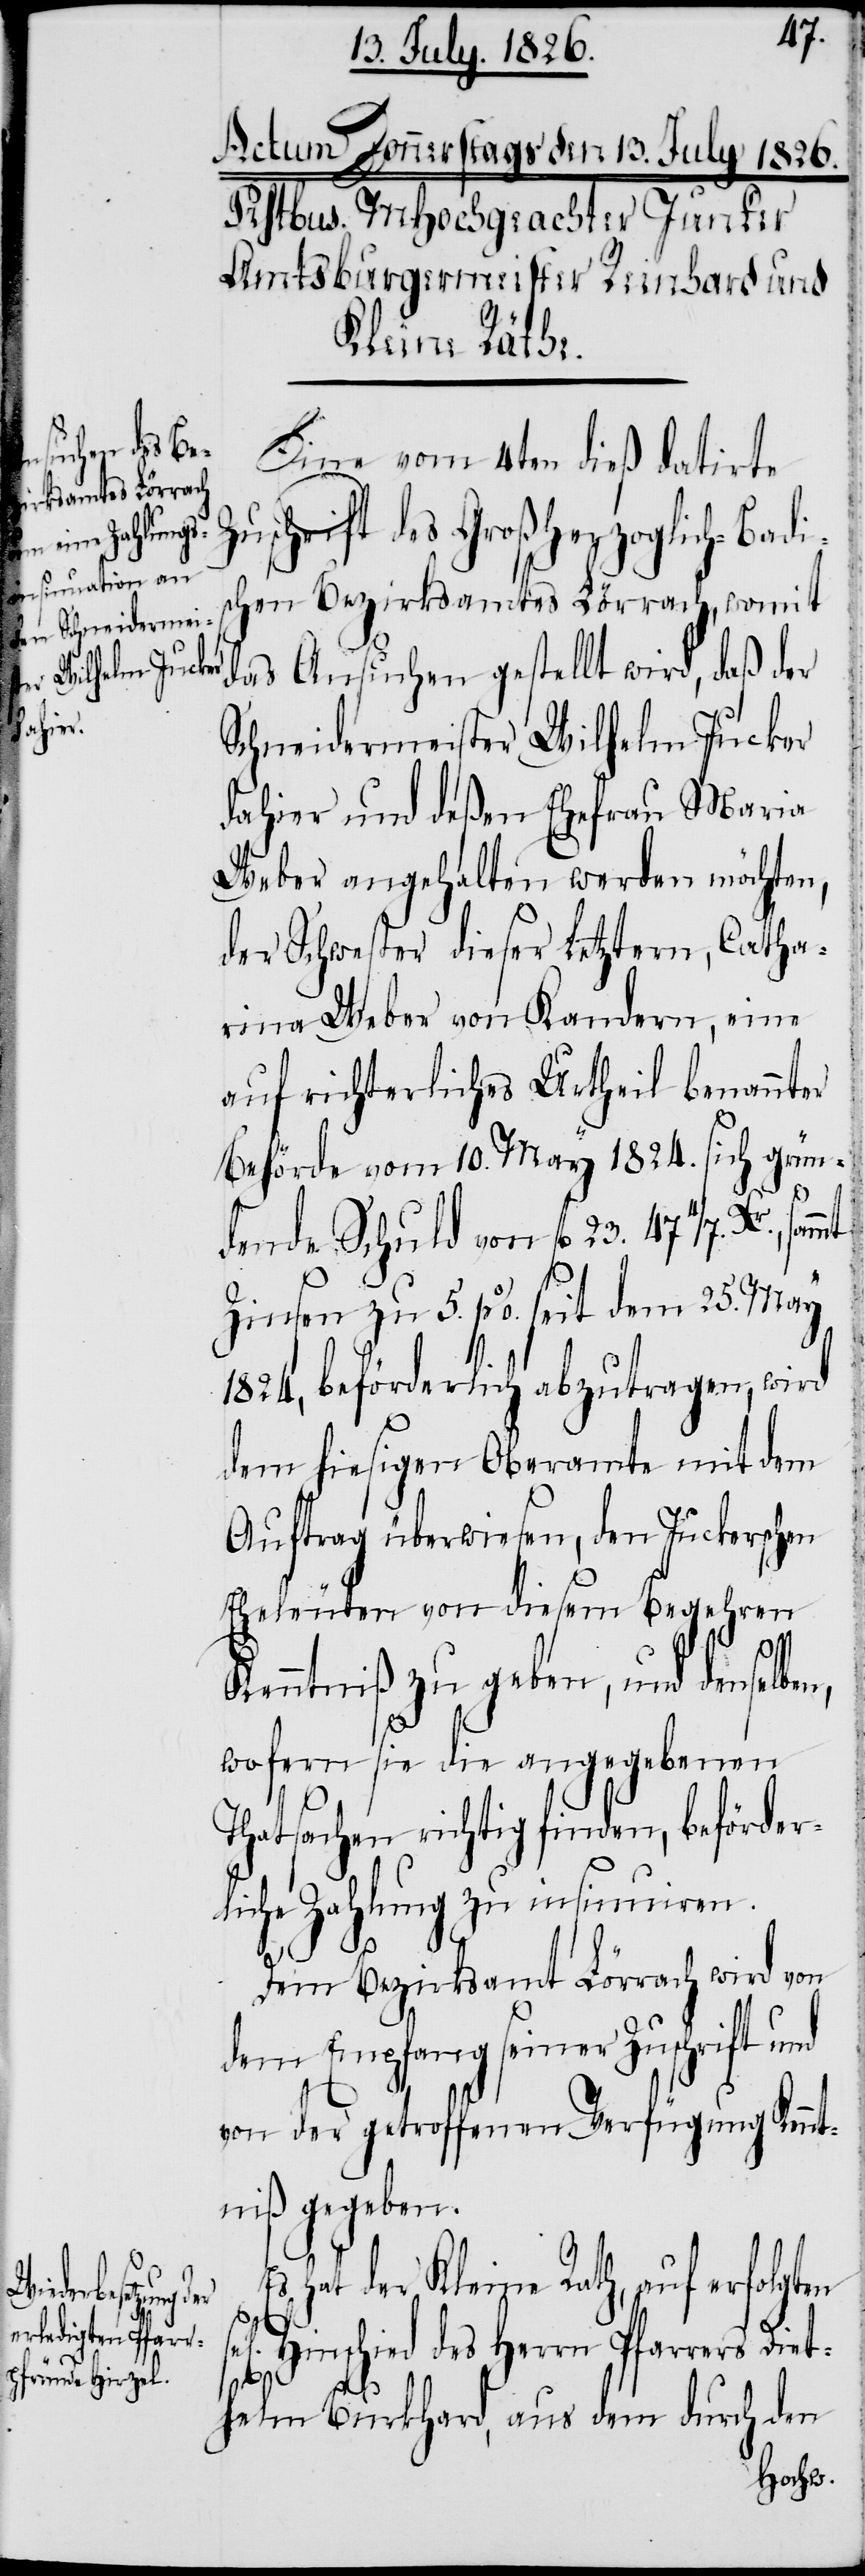
Eine vom 4ten dieß datirte
Zuschrift des Großherzoglich-Badi¬
schen Bezirksamtes Lörrach, womit
das Ansuchen gestellt wird, daß der
Schneidermeister Wilhelm Jucker
dahier und deßen Ehefrau Maria
Weber angehalten werden möchten,
der Schwester dieser Letzern, Catha¬
rina Weber von Kandern, eine
auf richterliches Urtheil benannter
Behörde vom 10. May 1824. sich grün¬
dende Schuld von fl. 23. 47 4/7. Xr.,
Zinsen zu 5. % seit dem 25. May
1824, beförderlich abzutragen, wird
dem hiesigen Oberamte mit dem
Auftrag überwiesen, den Juckerschen
Eheleuten von diesem Begehren
Kenntniß zu geben, und denselben,
wofern sie die angegebenen
Thatsachen richtig finden, beförder¬
liche Zahlung zu insinuiren.
sammt
Dem Bezirksamt Lörrach wird von
dem Empfang seiner Zuschrift und
von der getroffenen Verfügung Kennt¬
niß gegeben.
hat der Kleine Rath, auf erfolgten
el. Hinschied des Herrn Pfarrers Diet¬
s¬
helm Burkhard, aus dem durch den